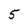
Character: 5